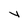
Character: Y